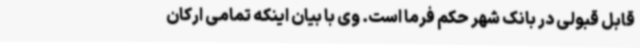
قابل قبولی در بانک شهر حکم فرما است. وی با بیان اینکه تمامی ارکان